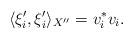
LaTeX: \begin{align*}\langle \xi'_i, \xi'_i \rangle_{X''} = v^*_iv_i.\end{align*}